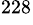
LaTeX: ^{228}